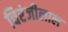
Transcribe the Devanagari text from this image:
चिरंजीलाल